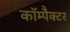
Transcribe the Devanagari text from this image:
कॉम्पैक्टर